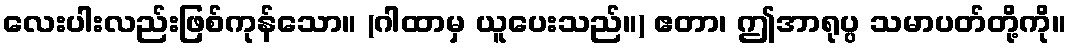
လေးပါးလည်းဖြစ်ကုန်သော။ (ဂါထာမှ ယူပေးသည်။) ဧတာ၊ ဤအာရုပ္ပ သမာပတ်တို့ကို။